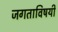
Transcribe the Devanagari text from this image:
जगताविषयी